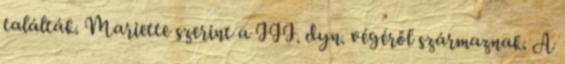
találták. Mariette szerint a III. dyn. végéről származnak. A